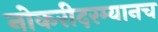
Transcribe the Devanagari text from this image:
नोकरीदरम्यानच